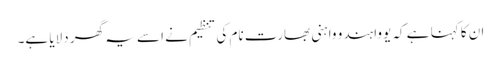
ان کا کہنا ہے کہ یووا ہندو واہنی بھارت نام کی تنظیم نے اسے یہ گھر دلایا ہے۔